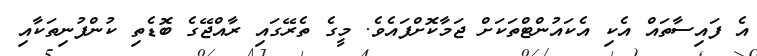
އެ ފައިސާތައް އެކި އެކައުންޓްތަކަށް ޖަމާކޮށްފައެވެ. މީގެ ތެރޭގައި ރާއްޖޭގެ ބޮޑެތި ކުންފުނިތަކާއި